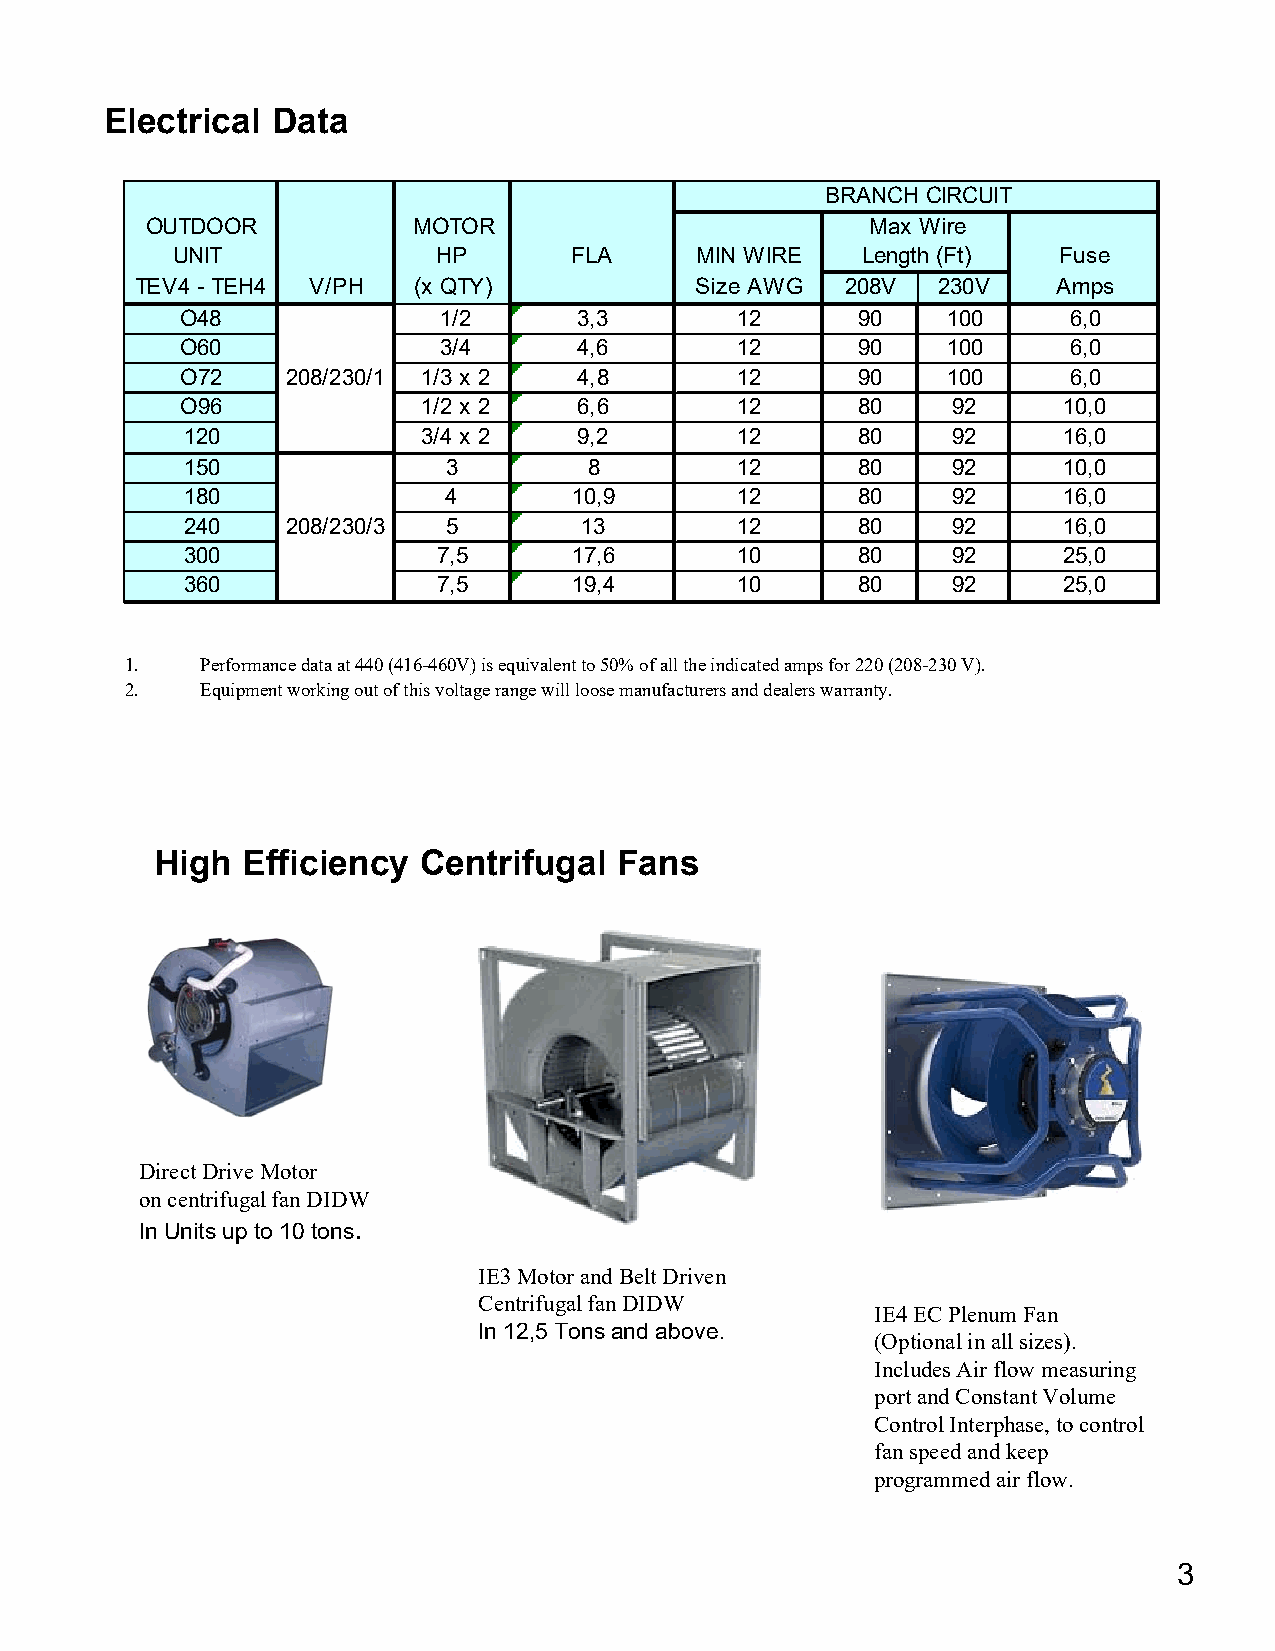
Electrical Data
 BRANCH CIRCUIT
 OUTDOOR          MOTOR                          Max Wire
 UNIT              HP       FLA     MIN WIRE   Length (Ft)  Fuse
 TEV4 - TEH4 V/PH  (x QTY)            Size AWG  208V  230V    Amps
 O48              1/2      3,3        12      90    100     6,0
 O60              3/4      4,6        12      90    100     6,0
 O72    208/230/1 1/3 x 2  4,8        12      90    100     6,0
 O96             1/2 x 2   6,6        12      80    92     10,0
 120             3/4 x 2   9,2        12      80    92     16,0
 150               3        8         12      80    92     10,0
 180               4       10,9       12      80    92     16,0
 240    208/230/3  5       13         12      80    92     16,0
 300              7,5      17,6       10      80    92     25,0
 360              7,5      19,4       10      80    92     25,0
 1.   Performance data at 440 (416-460V) is equivalent to 50% of all the indicated amps for 220 (208-230 V).
 2.   Equipment working out of this voltage range will loose manufacturers and dealers warranty.
 High  Efficiency  Centrifugal  Fans
 Direct Drive Motor
 on centrifugal fan DIDW
 In Units up to 10 tons.
 IE3 Motor and Belt Driven
 Centrifugal fan DIDW
 IE4 EC Plenum Fan
 In 12,5 Tons and above.
 (Optional in all sizes).
 Includes Air flow measuring
 port and Constant Volume
 Control Interphase, to control
 fan speed and keep
 programmed air flow.
 3